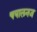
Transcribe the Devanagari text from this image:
चयालनज